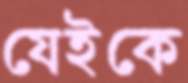
যেইকে